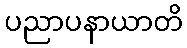
ပညာပနာယာတိ